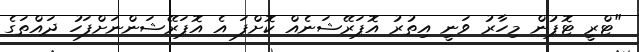
"ޓްރީ ޓޮޕުން މިހާރު ވަނީ އިތުރު އޮޕަރޭޝަނެއް ކޮށްފަ އެ އޮޕަރޭޝަންނަށްފަހު ދައްތަގެ